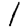
Digit: 1